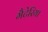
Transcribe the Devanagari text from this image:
मैटेरिया